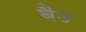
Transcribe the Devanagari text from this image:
बैउ